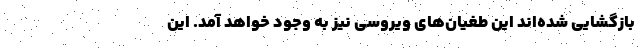
بازگشایی‌ شده‌اند این طغیان‌های ویروسی نیز به وجود خواهد آمد. این